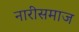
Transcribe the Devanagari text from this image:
नारीसमाज